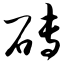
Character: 砖